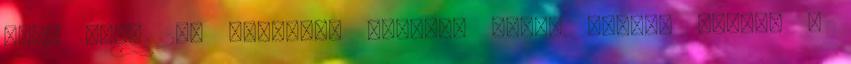
Hová lett 250 milliárd forint? Miért maradt rejtve a